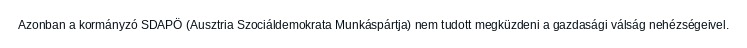
Azonban a kormányzó SDAPÖ (Ausztria Szociáldemokrata Munkáspártja) nem tudott megküzdeni a gazdasági válság nehézségeivel.